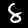
Digit: 8